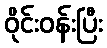
ဝိုင်းဝန်းပြီး